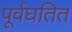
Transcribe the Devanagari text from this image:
पूर्वघतित